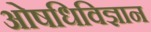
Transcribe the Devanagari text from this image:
ओषधिविज्ञान